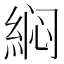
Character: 𱹵